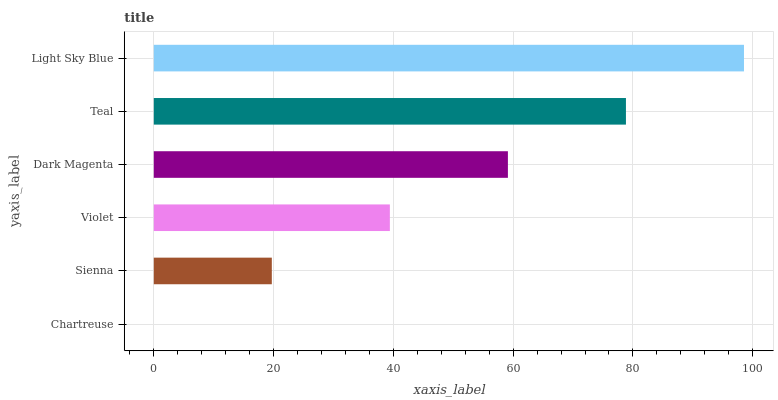
| yaxis_label | bars |
 | --- | --- |
 | Chartreuse | 0 |
 | Sienna | 19.7 |
 | Violet | 39.4 |
 | Dark Magenta | 59.1 |
 | Teal | 78.8 |
 | Light Sky Blue | 98.5 |